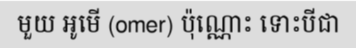
មួយ អូមើ (omer) ប៉ុណ្ណោះ ទោះបីជា